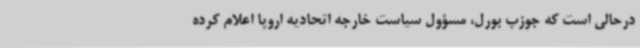
درحالی است که جوزپ بورل، مسؤول سیاست خارجه اتحادیه اروپا اعلام کرده